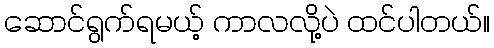
ဆောင်ရွက်ရမယ့် ကာလလို့ပဲ ထင်ပါတယ်။